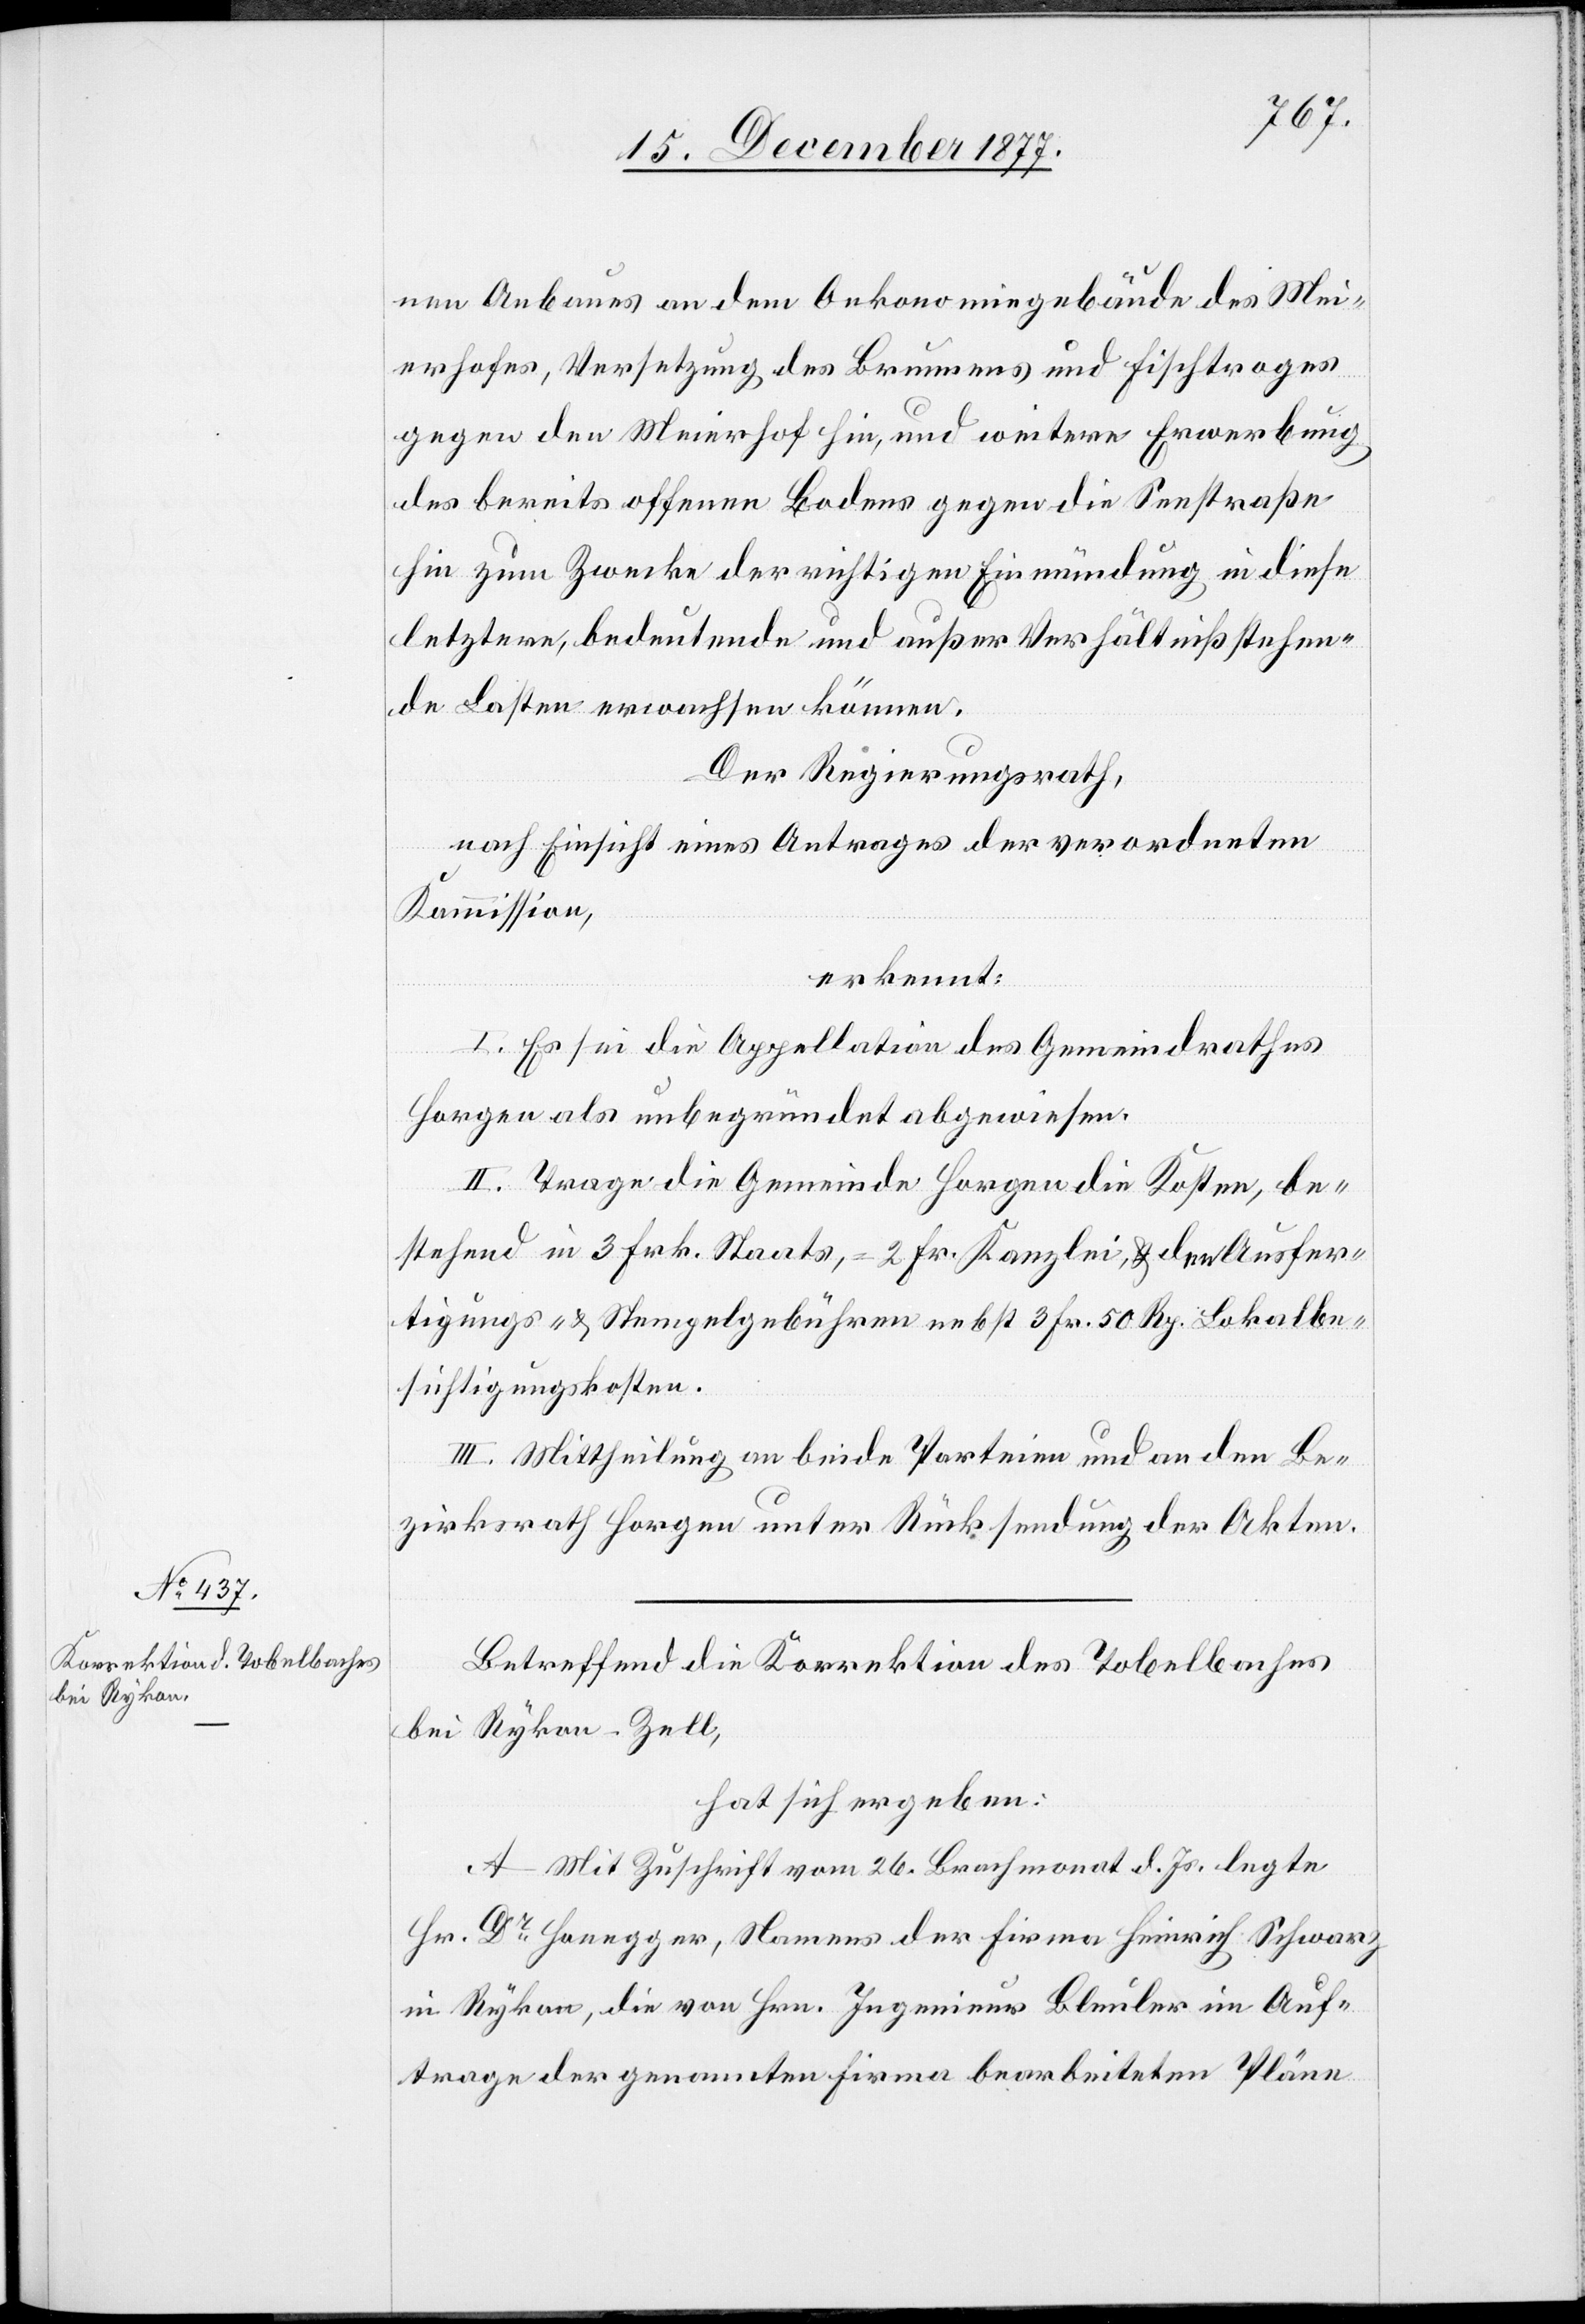
nen Anbaues an dem Oekonomiegebäude des Mei¬
erhofes, Versetzung des Brunnens und Fischtroges
gegen den Meierhof hin, und weitere Erwerbung
des bereits offenen Bodens gegen die Seestraße
hin zum Zwecke der richtigen Einmündung in diese
letztere, bedeutende und außer Verhältniß stehen¬
de Lasten erwachsen können.
Der Regierungsrath,
nach Einsicht eines Antrages der verordneten
Kommission,
erkennt:
I. Es sei die Appellation des Gemeindrathes
Horgen als unbegründet abgewiesen.
II. Trage die Gemeinde Horgen die Kosten, be¬
stehend in 3 Frk. Staats-, 2 Fr. Kanzlei- & den Ausfer¬
tigungs- & Stempelgebühren nebst 3 Fr. 50 Rp. Lokalbe¬
sichtigungskosten.
III. Mittheilung an beide Parteien und an den Be¬
zirksrath Horgen unter Rücksendung der Akten.
Betreffend die Korrektion des Tobelbaches
bei Rykon - Zell,
hat sich ergeben:
A. Mit Zuschrift vom 26. Brachmonat d. Js. legte
Hr. Dr Honegger, Namens der Firma Heinrich Schwarz
in Rykon, die von Hrn. Ingenieur Bleuler im Auf¬
trage der genannten Firma bearbeiteten Pläne